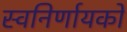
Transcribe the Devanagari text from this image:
स्वनिर्णायकों